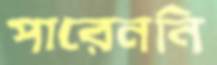
পারেননি